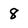
Character: 8